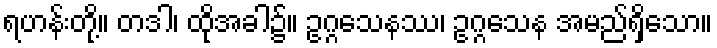
ရဟန်းတို့။ တဒါ၊ ထိုအခါ၌။ ဥဂ္ဂသေနဿ၊ ဥဂ္ဂသေန အမည်ရှိသော။